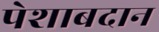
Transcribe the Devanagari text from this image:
पेशाबदान